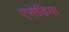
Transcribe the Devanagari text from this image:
एसेडिया